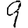
Digit: 9